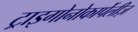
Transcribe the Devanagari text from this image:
ट्राइगोनोकार्पेलीज़